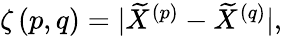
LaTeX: \begin{array}{r}{\zeta\left(p,q\right)=\vert\widetilde{X}^{\left(p\right)}-\widetilde{X}^{\left(q\right)}\vert,}\end{array}